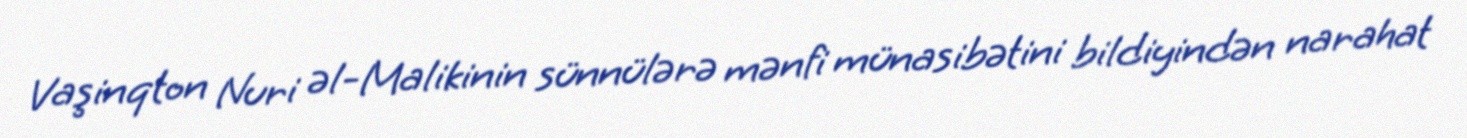
Vaşinqton Nuri əl-Malikinin sünnülərə mənfi münasibətini bildiyindən narahat